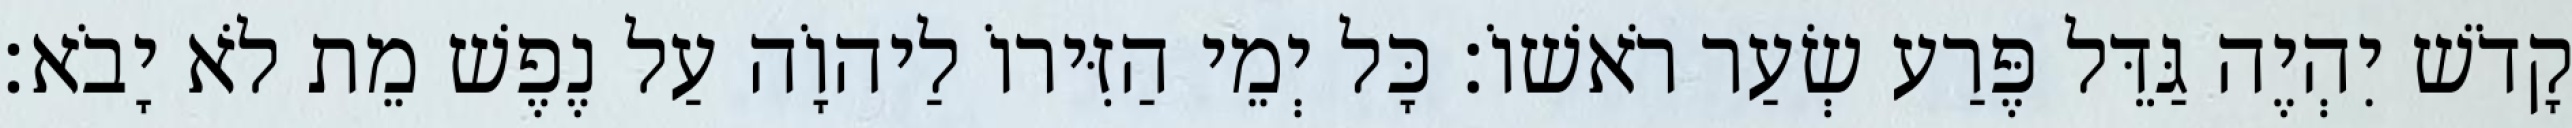
קָדֹשׁ יִהְיֶה גַּדֵּל פֶּרַע שְׂעַר רֹאשׁוֹ׃ כָּל יְמֵי הַזִּירוֹ לַיהוָֹה עַל נֶפֶשׁ מֵת לֹא יָבֹא׃